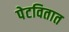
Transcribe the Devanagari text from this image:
पेटवितात